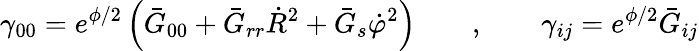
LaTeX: \gamma_{00}=e^{\phi/2}\left(\bar{G}_{00}+\bar{G}_{rr}\dot{R}^{2}+\bar{G}_{s}\dot{\varphi}^{2}\right)\qquad,\qquad\gamma_{ij}=e^{\phi/2}\bar{G}_{ij}